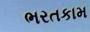
ભરતકામ